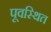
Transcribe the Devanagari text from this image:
पूवस्थित